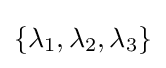
\{\lambda _{1},\lambda _{2},\lambda _{3}\}